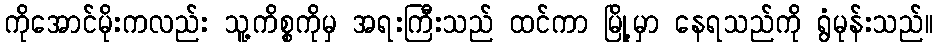
ကိုအောင်မိုးကလည်း သူ့ကိစ္စကိုမှ အရးကြီးသည် ထင်ကာ မြို့မှာ နေရသည်ကို ရွံမုန်းသည်။